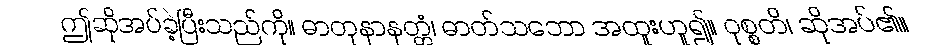
ဤဆိုအပ်ခဲ့ပြီးသည်ကို။ ဓာတုနာနတ္တံ၊ ဓာတ်သဘော အထူးဟူ၍။ ဝုစ္စတိ၊ ဆိုအပ်၏။